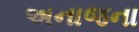
અનાજના